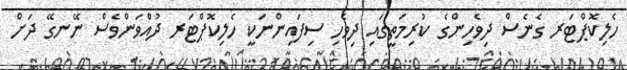
ހެލިކޮޕްޓަރ ގެނެސް ދިވެހިންގެ ކުރިމަތީގައި ދިވެހި ސިފައިންނަކީ ހެލިކޮޕްޓަރ ދުއްވަންވެސް ނޭނގޭ ދަށް